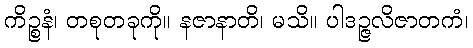
ကိဉ္စနံ၊ တစုတခုကို။ နဇာနာတိ၊ မသိ။ ပါဒဉ္ဇလိဇာတကံ၊